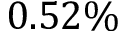
0 . 5 2 \%